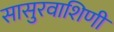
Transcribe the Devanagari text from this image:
सासुरवाशिणी